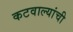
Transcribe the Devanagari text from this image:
कटवाल्यांची